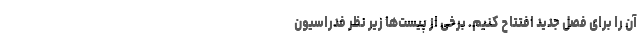
آن را برای فصل جدید افتتاح کنیم. برخی از پیست‌ها زیر نظر فدراسیون